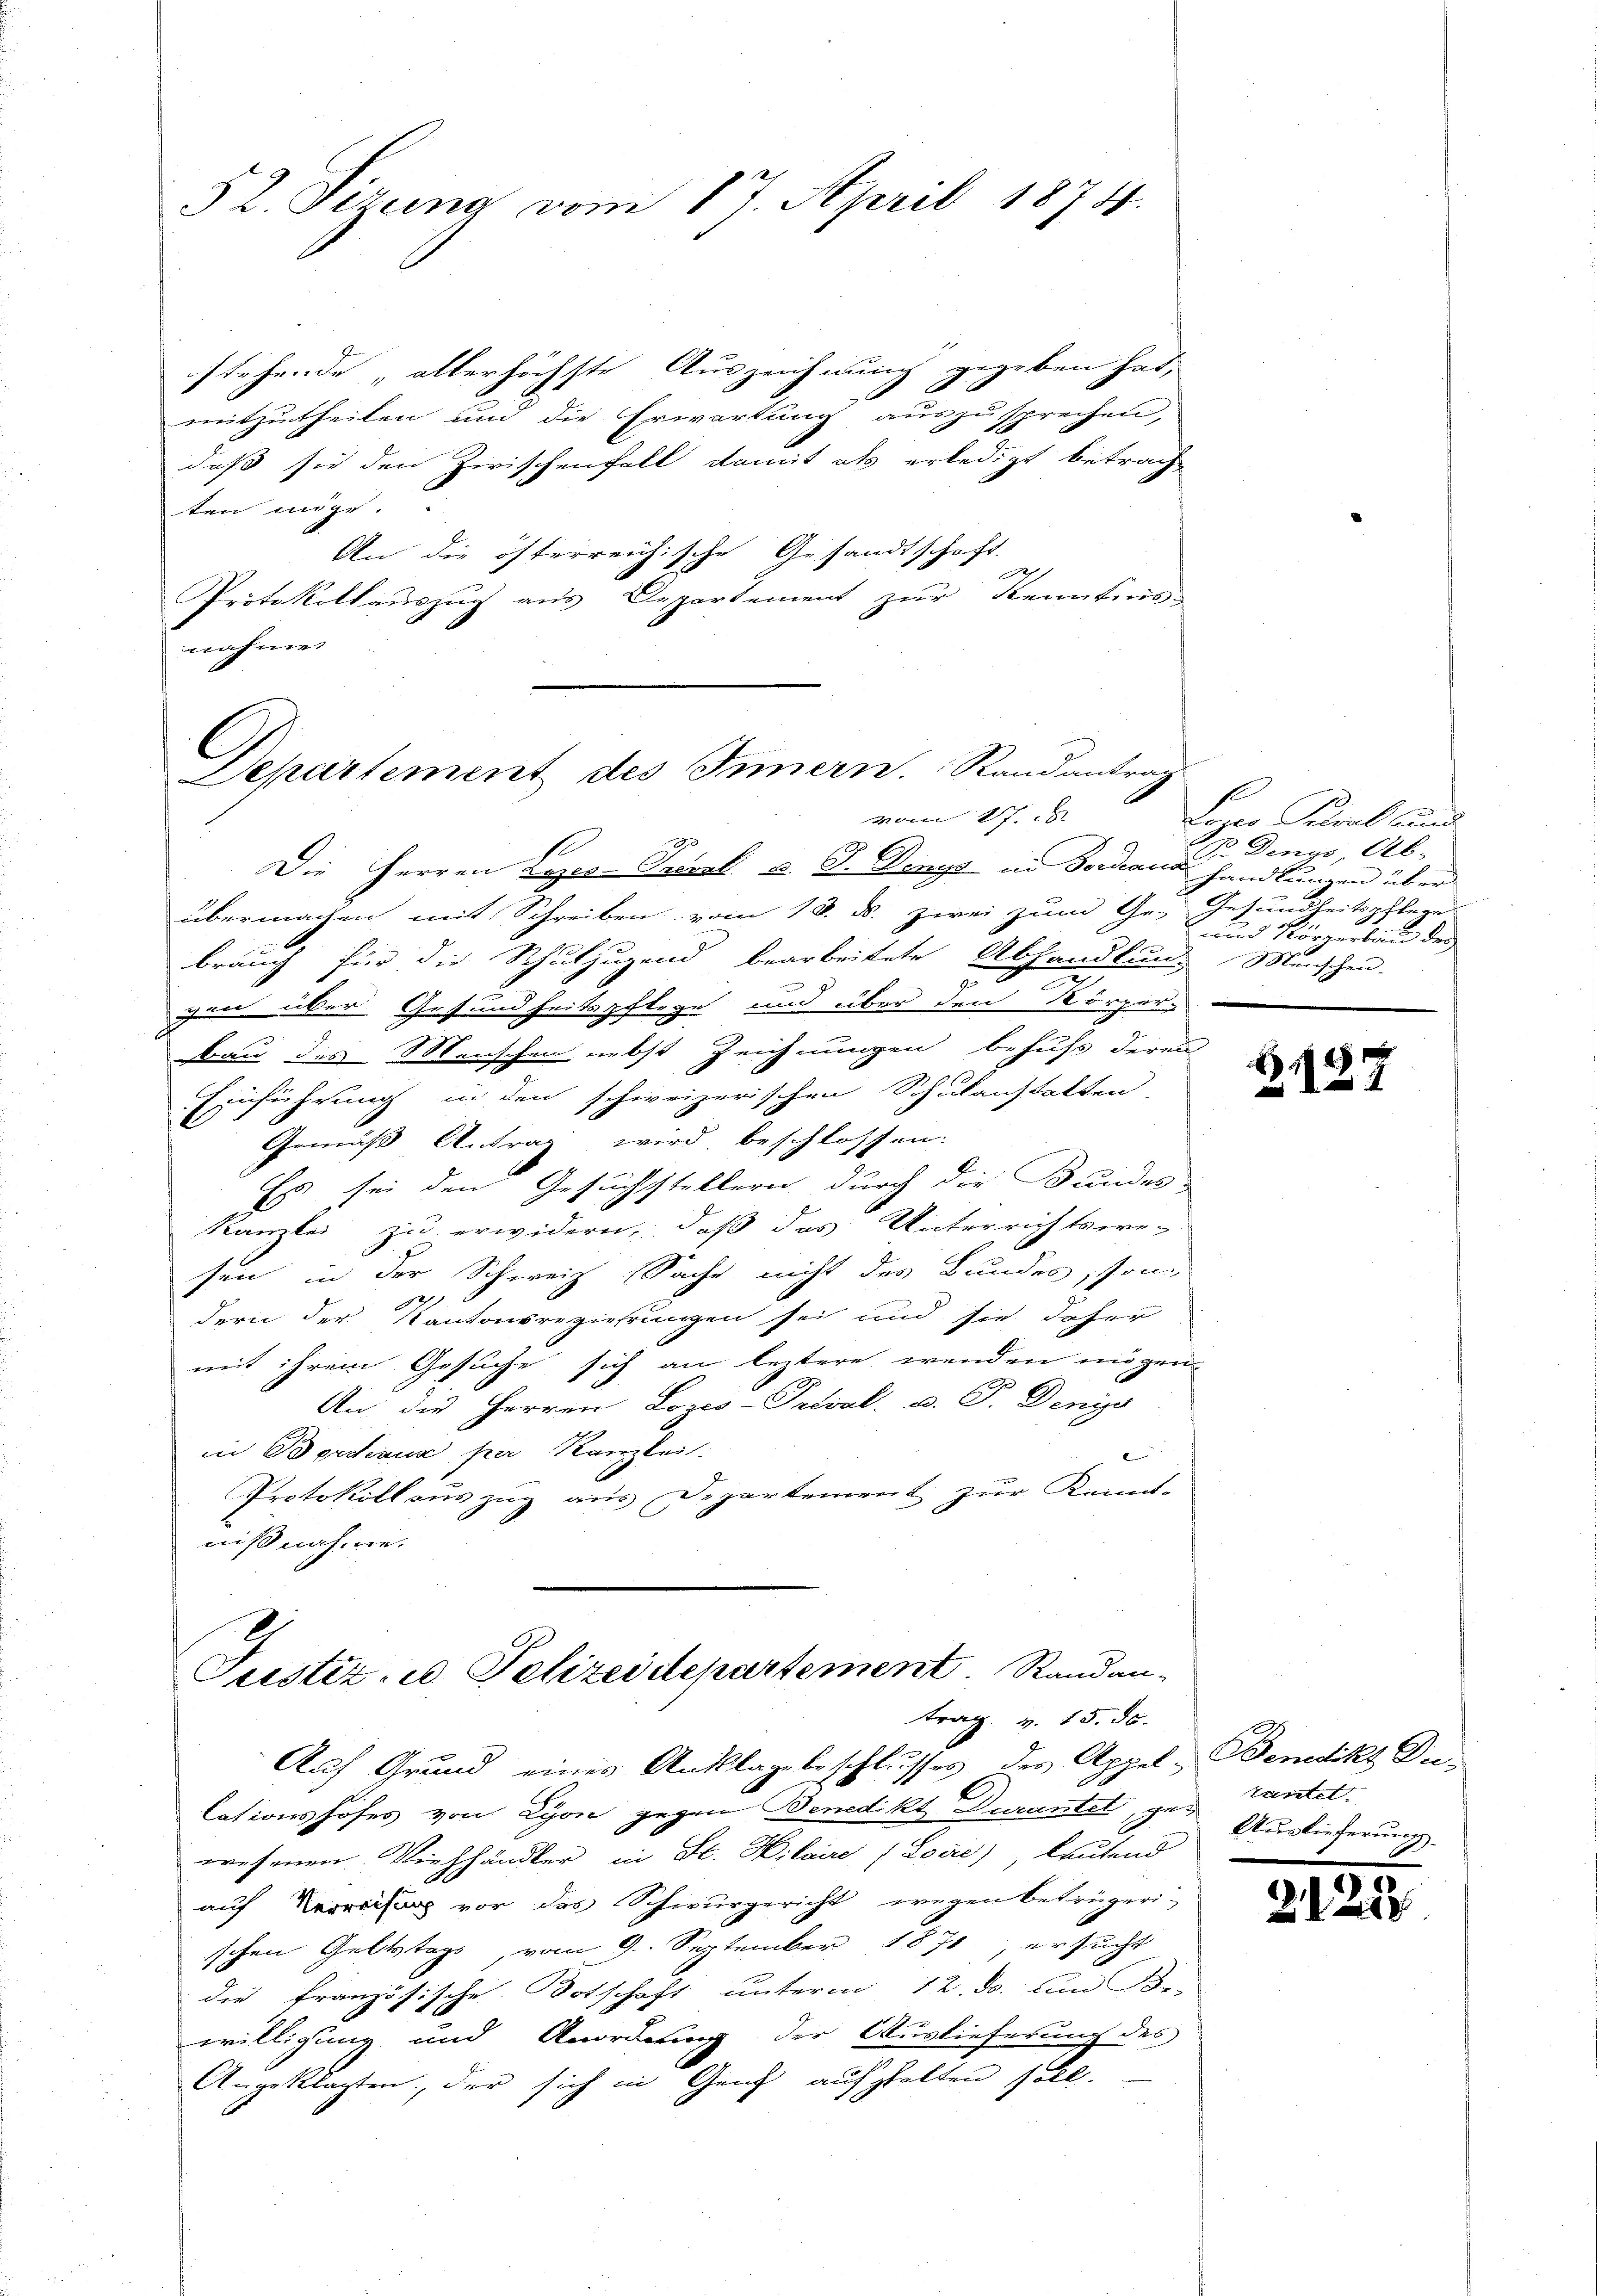
52. Sizung vom 17. April 1874.

stehende „allerhöchste Auszeichnung gegeben hat,
mitzutheilen und die Erwartung auszusprechen,
daß sie den Zwischenfall damit als erledigt betrach
ten möge.
An die öfterreichische Gesandtschaft.
A
Protokollauszug aus Departement zur Kenntnis
nahme

Departement des Innern. Randantrag
vom 17.

Die Herren Lyes-Prok. v. J. Dings in Fordeaus handlungen über
übermachen mit Schreiben vom 18. ds. zwei zum Ge- Gesundheitspfleges
brauch für die Schuljugend bearbeitete Abhandlung Menschen-
u
gen über Gesundheitspflege und über den Körper-
bau des Menschen nebst Zeichnungen behufs deren
Einführung in den schweizerischen Schulanstatten
Gemäß Antrag wird beschlossen.
Es sei den Gesuchstellern durch die Bundes-
Kanzlei zu erwidern, daß das Unterrichtswe-
sen, in der Schweiz Sache nicht des Bundes, son¬
22
dern der Kantonsreziehungen sei und sie daher
mit ihrem Gesuche sich an leztere wenden mögen
An die Herren Loges-Privat- u. P. Denys
in Bordeaus per Kanzlei.
e
Protokoll auszug aus Departement zur Kennt-
nißnahme.
Justiz- u. Pelizeidepartement Randan¬

trag. v. 15. ds.

Auf Grund eines Anklage beschlusses des Appel-Bemdikt Da
lationshofes von Lyon gegen Benedikt Durantet tantel-
wesenen Viehhändler in St. Hilaire (Love), lautend
auf Verweisung vor des Schwurgericht wegen betrügerischen Geltstags vom 9. September 1871, ersucht
die französische Dotschaft unterm 12. ds. und Be-
willigung und Anordnung der Auslieferung des
Angeklagten, der sich in Genf aufzhalten soll.

Loren Cural und
Pr Dings, Ab-
und Körperlin der

4

Auslieferung
d

2125